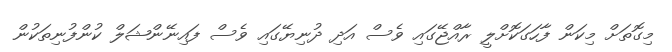
މިގޮތަށް މިކަން ފާހަގަކޮށްލީ ރާއްޖޭގައި ވެސް އަދި ދުނިޔޭގައި ވެސް ފައިނޭންޝަލް ކުންފުނިތަކުން